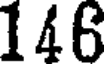
146